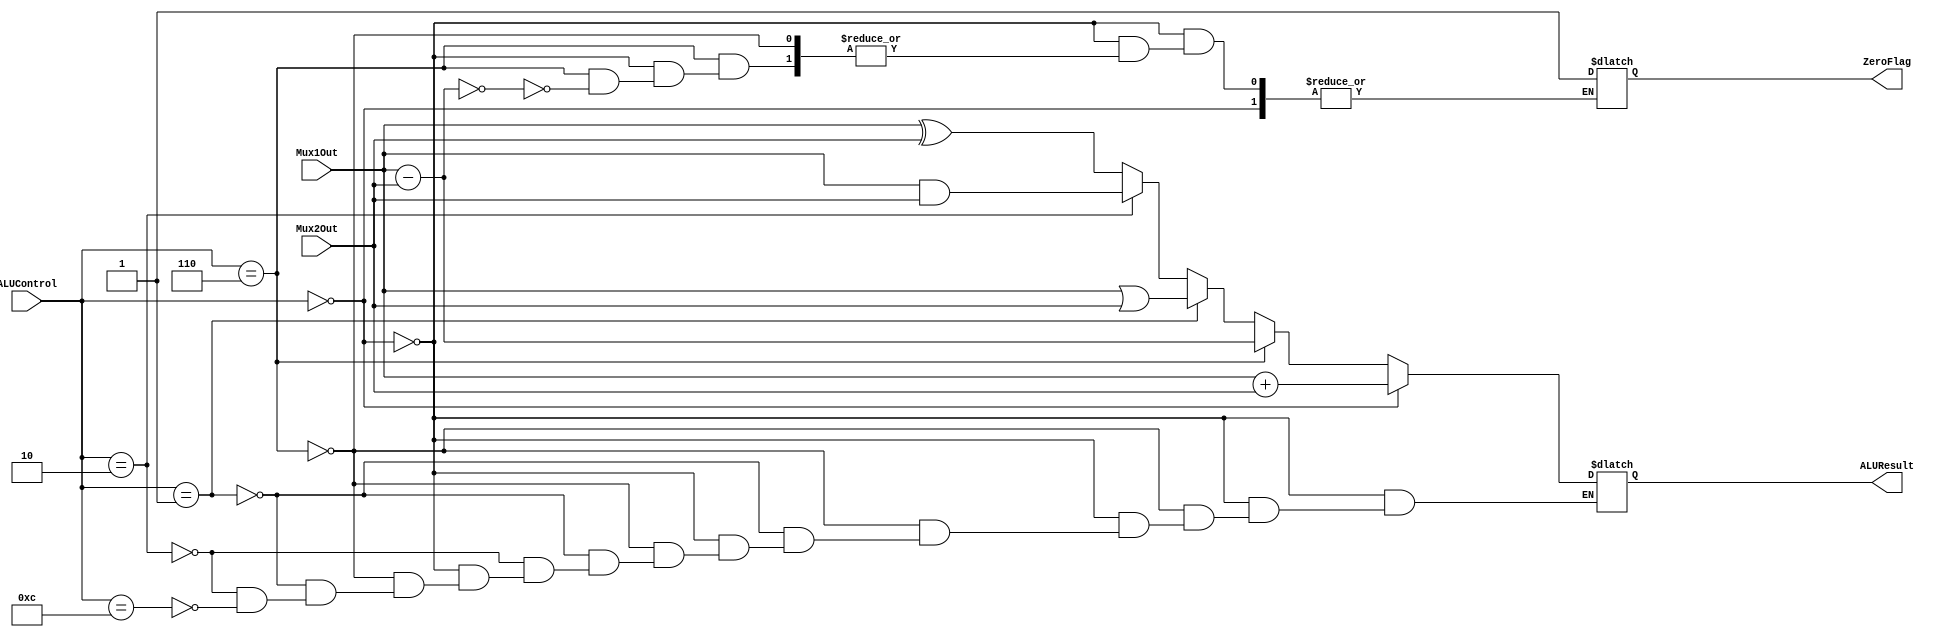
`timescale 1ns / 1ps

module ALU(
    output [31:0] ALUResult,
    output ZeroFlag,
	 input[31:0] Mux1Out,
	 input[31:0] Mux2Out,
    input [3:0] ALUControl
    );


	 reg[31:0] tempALUResult;
	 reg[31:0] tempzeroFlag;

	 always@(*)
	 begin
	      if(ALUControl == 4'b0000)
			  begin
			      tempALUResult = Mux1Out + Mux2Out;
			  end


			else if(ALUControl == 4'b0110)
			  begin
			      tempALUResult = Mux1Out - Mux2Out;
					if(tempALUResult == 31'd0)
					  begin
					      tempzeroFlag = 1'b1;
					  end
			  end


			else if(ALUControl == 4'b0001)
			  begin
			      tempALUResult = Mux1Out | Mux2Out;
			  end


			else if(ALUControl == 4'b0010)
			  begin
			      tempALUResult = Mux1Out & Mux2Out;
			  end


			else if(ALUControl == 4'b1100)
			  begin
			      tempALUResult = Mux1Out ^ Mux2Out;
			  end


	 end

	 assign ALUResult = tempALUResult;
	 assign ZeroFlag = tempzeroFlag;


endmodule